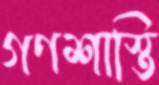
গণশাস্তি